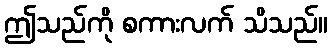
ဤသည်ကို စကားလက် သိသည်။